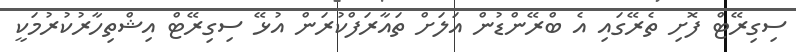
ސިގިރޭޓް ފޮށި ތެރޭގައި އެ ބްރޭންޑުން އަލަށް ތައާރަފްކުރަން އުޅޭ ސިގިރޭޓް އިޝްތިހާރުކުރުމަކީ